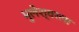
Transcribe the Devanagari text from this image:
भुलेश्वरला